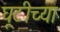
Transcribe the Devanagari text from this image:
घूटीच्या